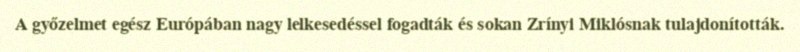
A győzelmet egész Európában nagy lelkesedéssel fogadták és sokan Zrínyi Miklósnak tulajdonították.